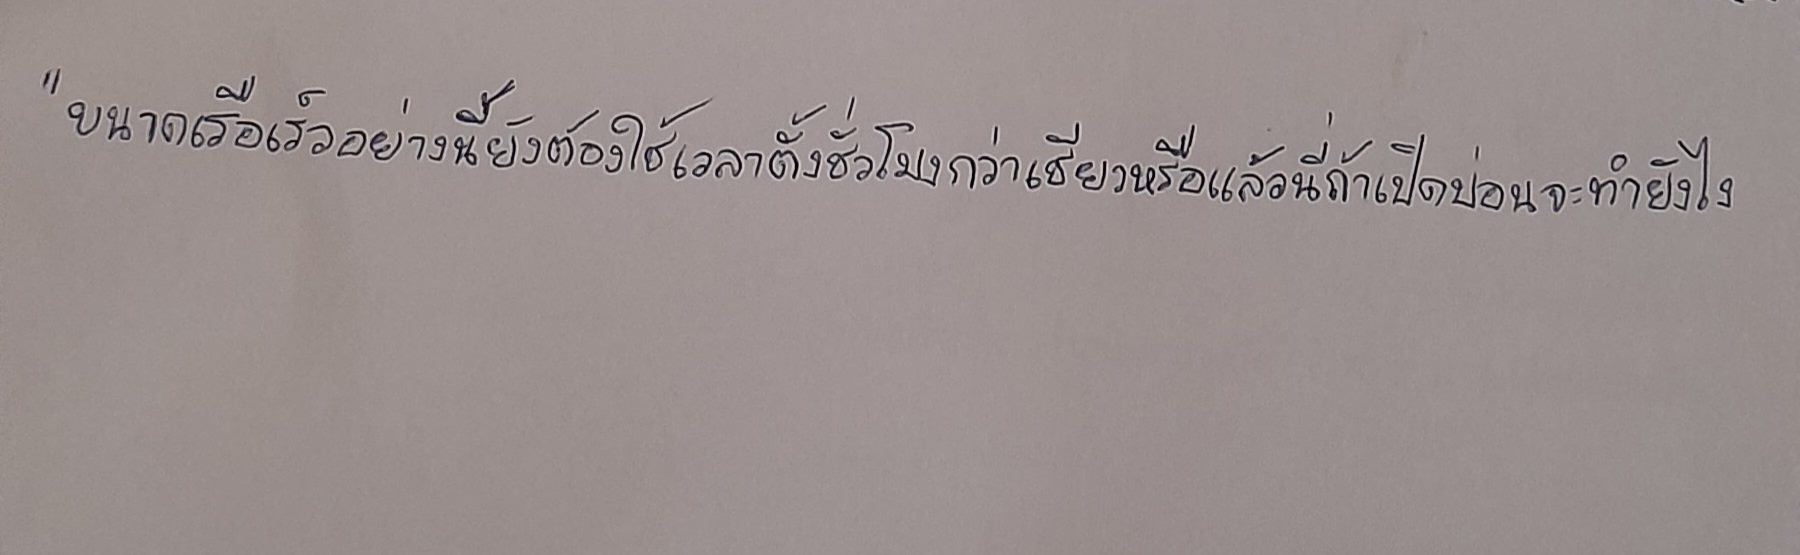
"ขนาดเรือเร็วอย่างนี้ยังต้องใช้เวลาตั้งชั่วโมงกว่าเชียวหรือแล้วนี่ถ้าเปิดบ่อนจะทำยังไง